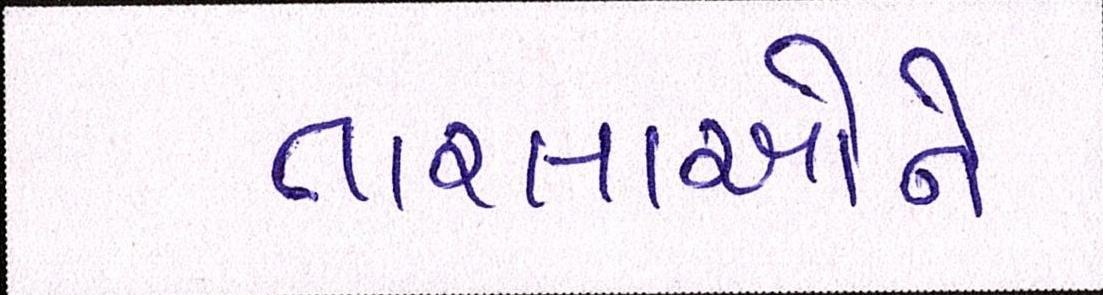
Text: તારલાઓને